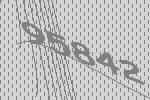
95842